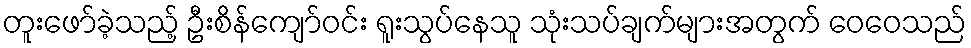
တူးဖော်ခဲ့သည့် ဦးစိန်ကျော်ဝင်း ရူးသွပ်နေသူ သုံးသပ်ချက်များအတွက် ဝေဝေသည်